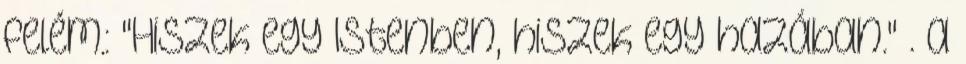
felém.: "Hiszek egy Istenben, hiszek egy hazában." . a